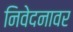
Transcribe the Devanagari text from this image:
निवेदनावर